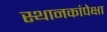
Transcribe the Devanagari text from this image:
स्थानकांपेक्षा